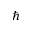
\hbar